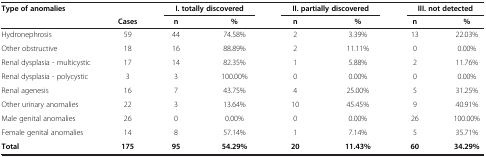
<table><thead><tr><td><b>Type of anomalies</b></td><td><b> </b></td><td colspan="2"><b>I. totally discovered</b></td><td colspan="2"><b>II. partially discovered</b></td><td colspan="2"><b>III. not detected</b></td></tr><tr><td><b> </b></td><td><b>Cases</b></td><td><b>n</b></td><td><b>%</b></td><td><b>n</b></td><td><b>%</b></td><td><b>n</b></td><td><b>%</b></td></tr></thead><tbody><tr><td>Hydronephrosis</td><td>59</td><td>44</td><td>74.58%</td><td>2</td><td>3.39%</td><td>13</td><td>22.03%</td></tr><tr><td>Other obstructive</td><td>18</td><td>16</td><td>88.89%</td><td>2</td><td>11.11%</td><td>0</td><td>0.00%</td></tr><tr><td>Renal dysplasia - multicystic</td><td>17</td><td>14</td><td>82.35%</td><td>1</td><td>5.88%</td><td>2</td><td>11.76%</td></tr><tr><td>Renal dysplasia - polycystic</td><td>3</td><td>3</td><td>100.00%</td><td>0</td><td>0.00%</td><td>0</td><td>0.00%</td></tr><tr><td>Renal agenesis</td><td>16</td><td>7</td><td>43.75%</td><td>4</td><td>25.00%</td><td>5</td><td>31.25%</td></tr><tr><td>Other urinary anomalies</td><td>22</td><td>3</td><td>13.64%</td><td>10</td><td>45.45%</td><td>9</td><td>40.91%</td></tr><tr><td>Male genital anomalies</td><td>26</td><td>0</td><td>0.00%</td><td>0</td><td>0.00%</td><td>26</td><td>100.00%</td></tr><tr><td>Female genital anomalies</td><td>14</td><td>8</td><td>57.14%</td><td>1</td><td>7.14%</td><td>5</td><td>35.71%</td></tr><tr><td><b>Total</b></td><td><b>175</b></td><td><b>95</b></td><td><b>54.29%</b></td><td><b>20</b></td><td><b>11.43%</b></td><td><b>60</b></td><td><b>34.29%</b></td></tr></tbody></table>